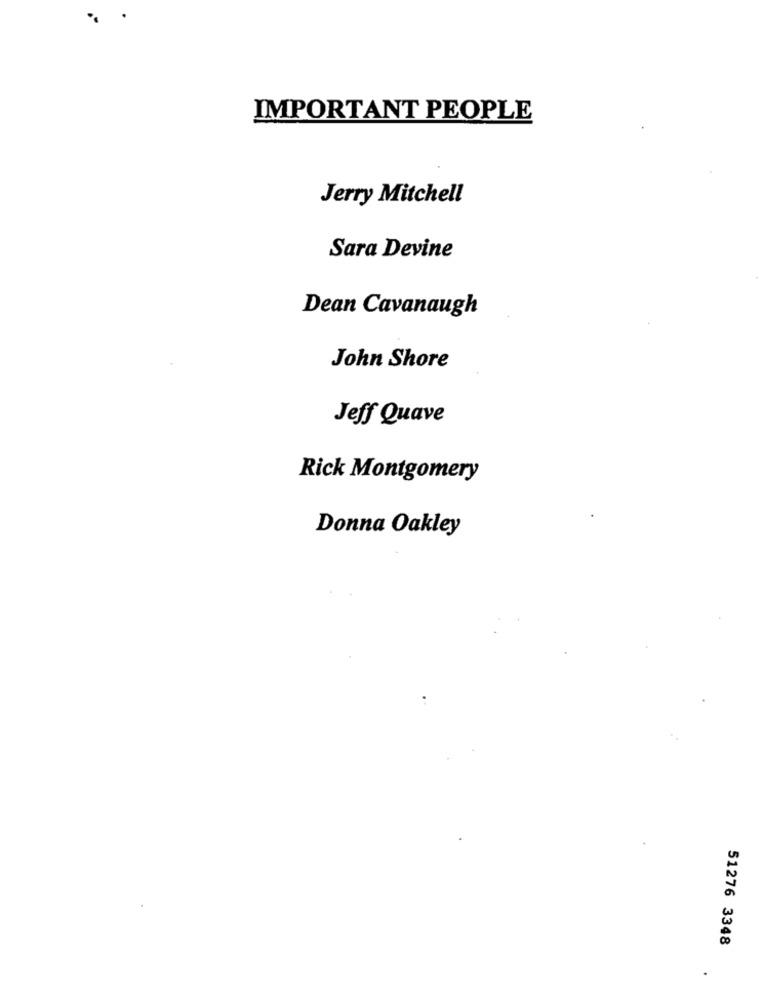
IMPORTANT PEOPLE
Jerry Mitchell
Sara Devine
Dean Cavanaugh
John Shore
Jeff Quave
Rick Montgomery
Donna Oakley
51276 3348
.